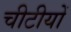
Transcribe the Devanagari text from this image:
चीटीयों